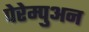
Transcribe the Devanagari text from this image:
पेरेम्पुअन